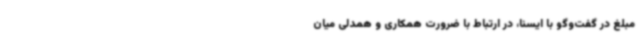
مبلغ در گفت‌وگو با ایسنا، در ارتباط با ضرورت همکاری و همدلی میان